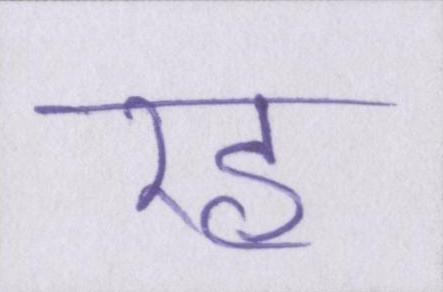
रह